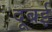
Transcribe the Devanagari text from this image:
दूबई